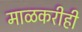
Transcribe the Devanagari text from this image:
माळकरीही